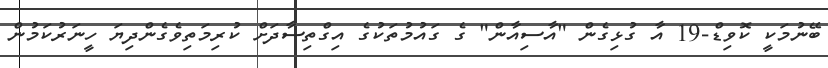
ބޭނުމަކީ ކޮވިޑް-19 އާ ގުޅިގެން "އާސިއާން" ގެ ގައުމުތަކުގެ އިގްތިސާދަށް ކުރިމަތިވެގެންދިޔަ ހީނަރުކަމުން